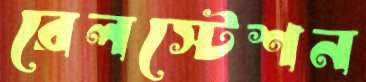
রেলস্টেশন